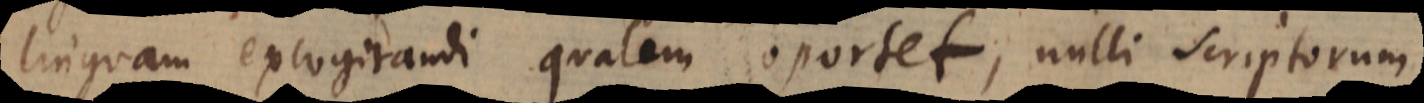
linguam excogitandi qualem oportet, nulli scriptorum